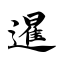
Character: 暹